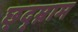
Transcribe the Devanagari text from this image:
छ्द्म्नाम